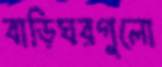
বাড়িঘরগুলো